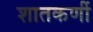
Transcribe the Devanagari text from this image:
शातकणीं